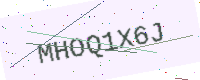
Text: MHOQ1X6J